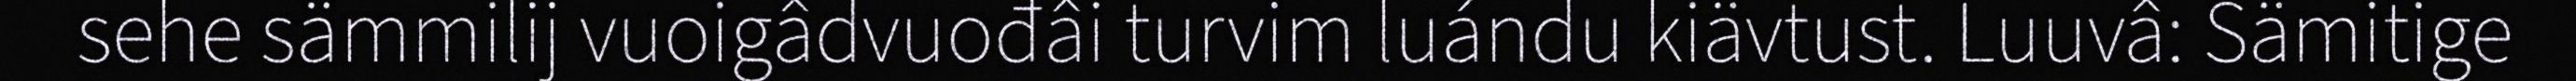
sehe sämmilij vuoigâdvuođâi turvim luándu kiävtust. Luuvâ: Sämitige